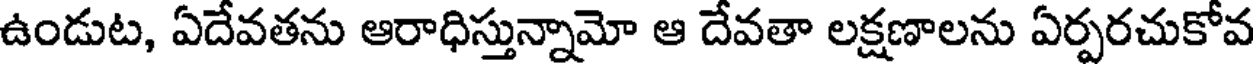
ఉండుట, ఏదేవతను ఆరాధిస్తున్నామో ఆ దేవతా లక్షణాలను ఏర్పరచుకోవ